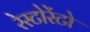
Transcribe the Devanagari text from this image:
रेस्टोरेंटो